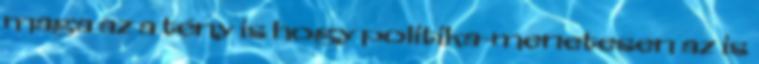
maga az a tény is hogy politika-menetesen az is